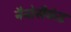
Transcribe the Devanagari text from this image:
नैनोसैकंड